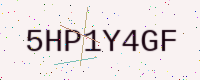
Text: 5HP1Y4GF